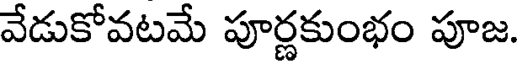
వేడుకోవటమే పూర్ణకుంభం పూజ.